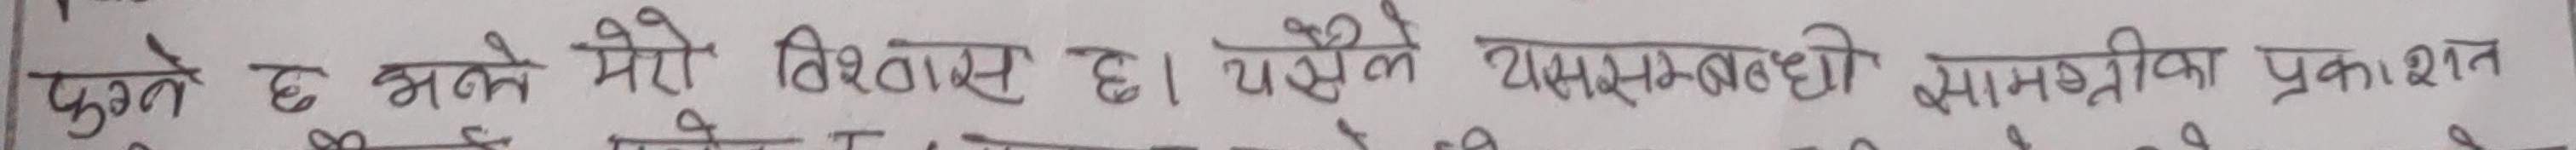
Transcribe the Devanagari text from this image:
फुग्ने छ भन्ने मेरो विश्वास छ। यससम्बन्धी सामग्री प्रकाशन